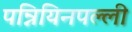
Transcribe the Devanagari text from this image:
पन्नियिनपल्ली